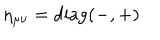
\eta _ { \mu \nu } = \mathrm { d i a g ( - , + ) }